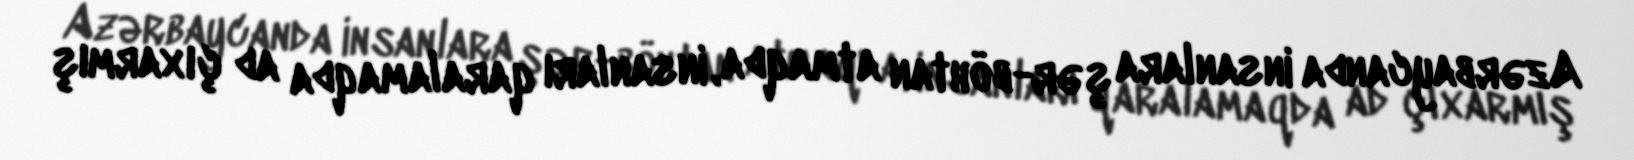
Azərbaycanda insanlara şər-böhtan atmaqda, insanları qaralamaqda ad çıxarmış